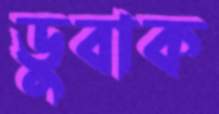
ডুবাক